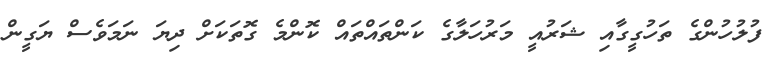
ފުލުހުންގެ ތަހުގީގާއި ޝަރުއީ މަރުހަލާގެ ކަންތައްތައް ކޮންމެ ގޮތަކަށް ދިޔަ ނަމަވެސް ޔަގީން